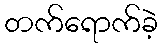
တက်ရောက်ခဲ့